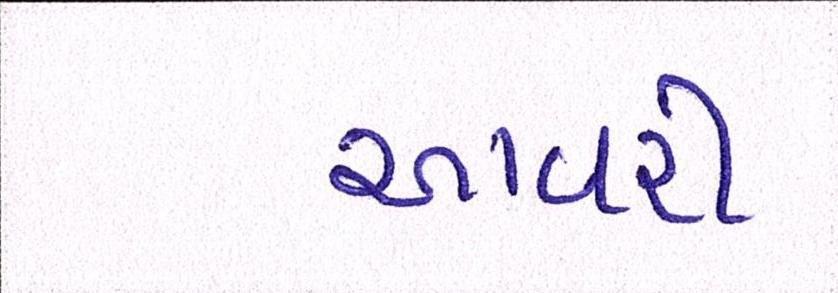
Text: આવરી